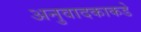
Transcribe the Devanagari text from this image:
अनुवादकाकडे